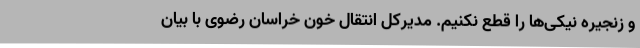
و زنجیره نیکی‌ها را قطع نکنیم. مدیرکل انتقال خون خراسان رضوی با بیان